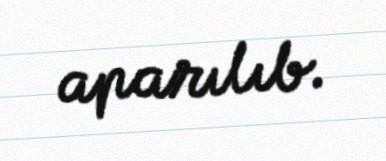
aparılıb.